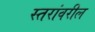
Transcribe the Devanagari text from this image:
स्‍तरांवरील